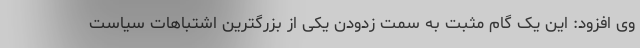
وی افزود: این یک گام مثبت به سمت زدودن یکی از بزرگترین اشتباهات سیاست